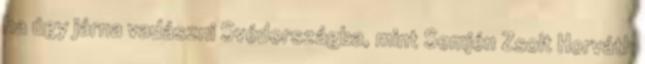
ha úgy járna vadászni Svédországba, mint Semjén Zsolt Horváth